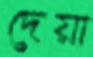
দেয়া